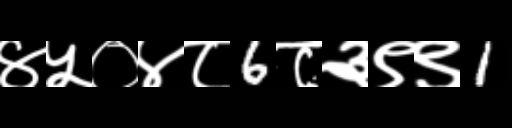
Text: ४५०४८6८३९९1